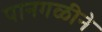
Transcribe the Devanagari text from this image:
पानगळीने